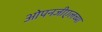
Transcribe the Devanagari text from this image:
ओपनजीएलच्या